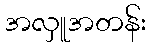
အလှူအတန်း